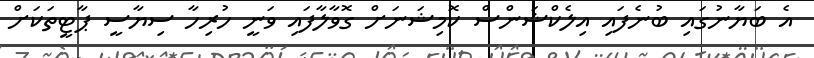
އެ ބަޔާނުގައި ބުނެފައި އިލެކްޝަންސް ކޮމިޝަނަށް ގޮވާލާފައި ވަނީ ހުރިހާ ސިޔާސީ ޕާޓީތަކަށް